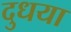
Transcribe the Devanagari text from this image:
दुधया